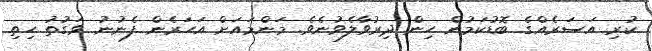
ކުރި އަސަރެއްގެ ބޮޑުކަމުން ހިން ދިރުވާލެވުނެވެ. މަންމައަށް އަހަރެން ފެނުނު ވަގުތު ހިތި